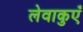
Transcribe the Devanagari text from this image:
लेवाकुएँ